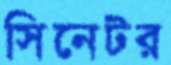
সিনেটর